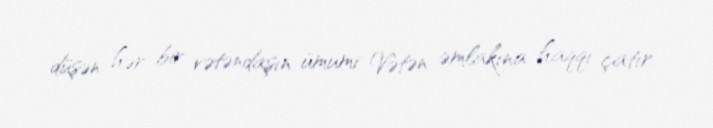
düşən hər bir vətəndaşın ümumi Vətən əmlakına haqqı çatır.